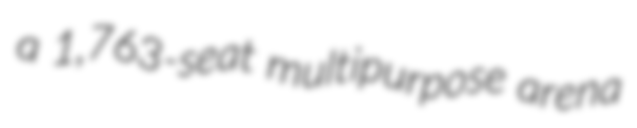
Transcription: a 1,763-seat multipurpose arena